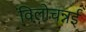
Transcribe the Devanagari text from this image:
विलोचन्नई